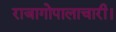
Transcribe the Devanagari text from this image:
राजागोपालाचारी।